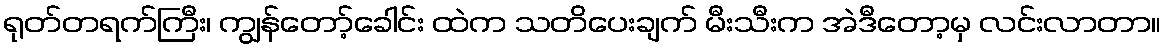
ရုတ်တရက်ကြီး၊ ကျွန်တော့်ခေါင်း ထဲက သတိပေးချက် မီးသီးက အဲဒီတော့မှ လင်းလာတာ။